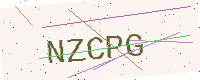
Text: NZCPG